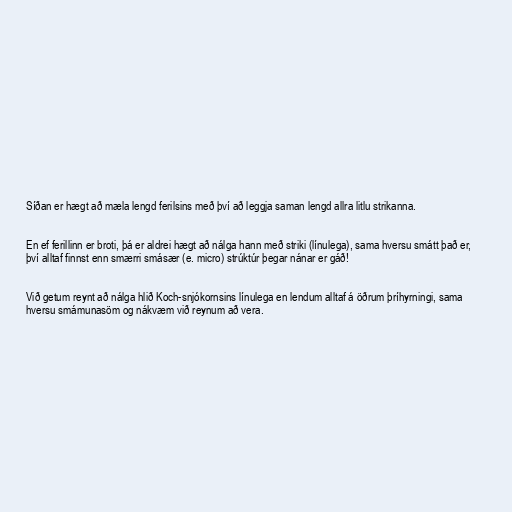
Síðan er hægt að mæla lengd ferilsins með því að leggja saman lengd allra litlu strikanna.

En ef ferillinn er broti, þá er aldrei hægt að nálga hann með striki (línulega), sama hversu smátt það er,
því alltaf finnst enn smærri smásær (e. micro) strúktúr þegar nánar er gáð!

Við getum reynt að nálga hlið Koch-snjókornsins línulega en lendum alltaf á öðrum þríhyrningi, sama
hversu smámunasöm og nákvæm við reynum að vera.